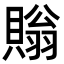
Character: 𧷜